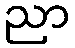
ညာ